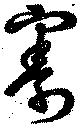
割